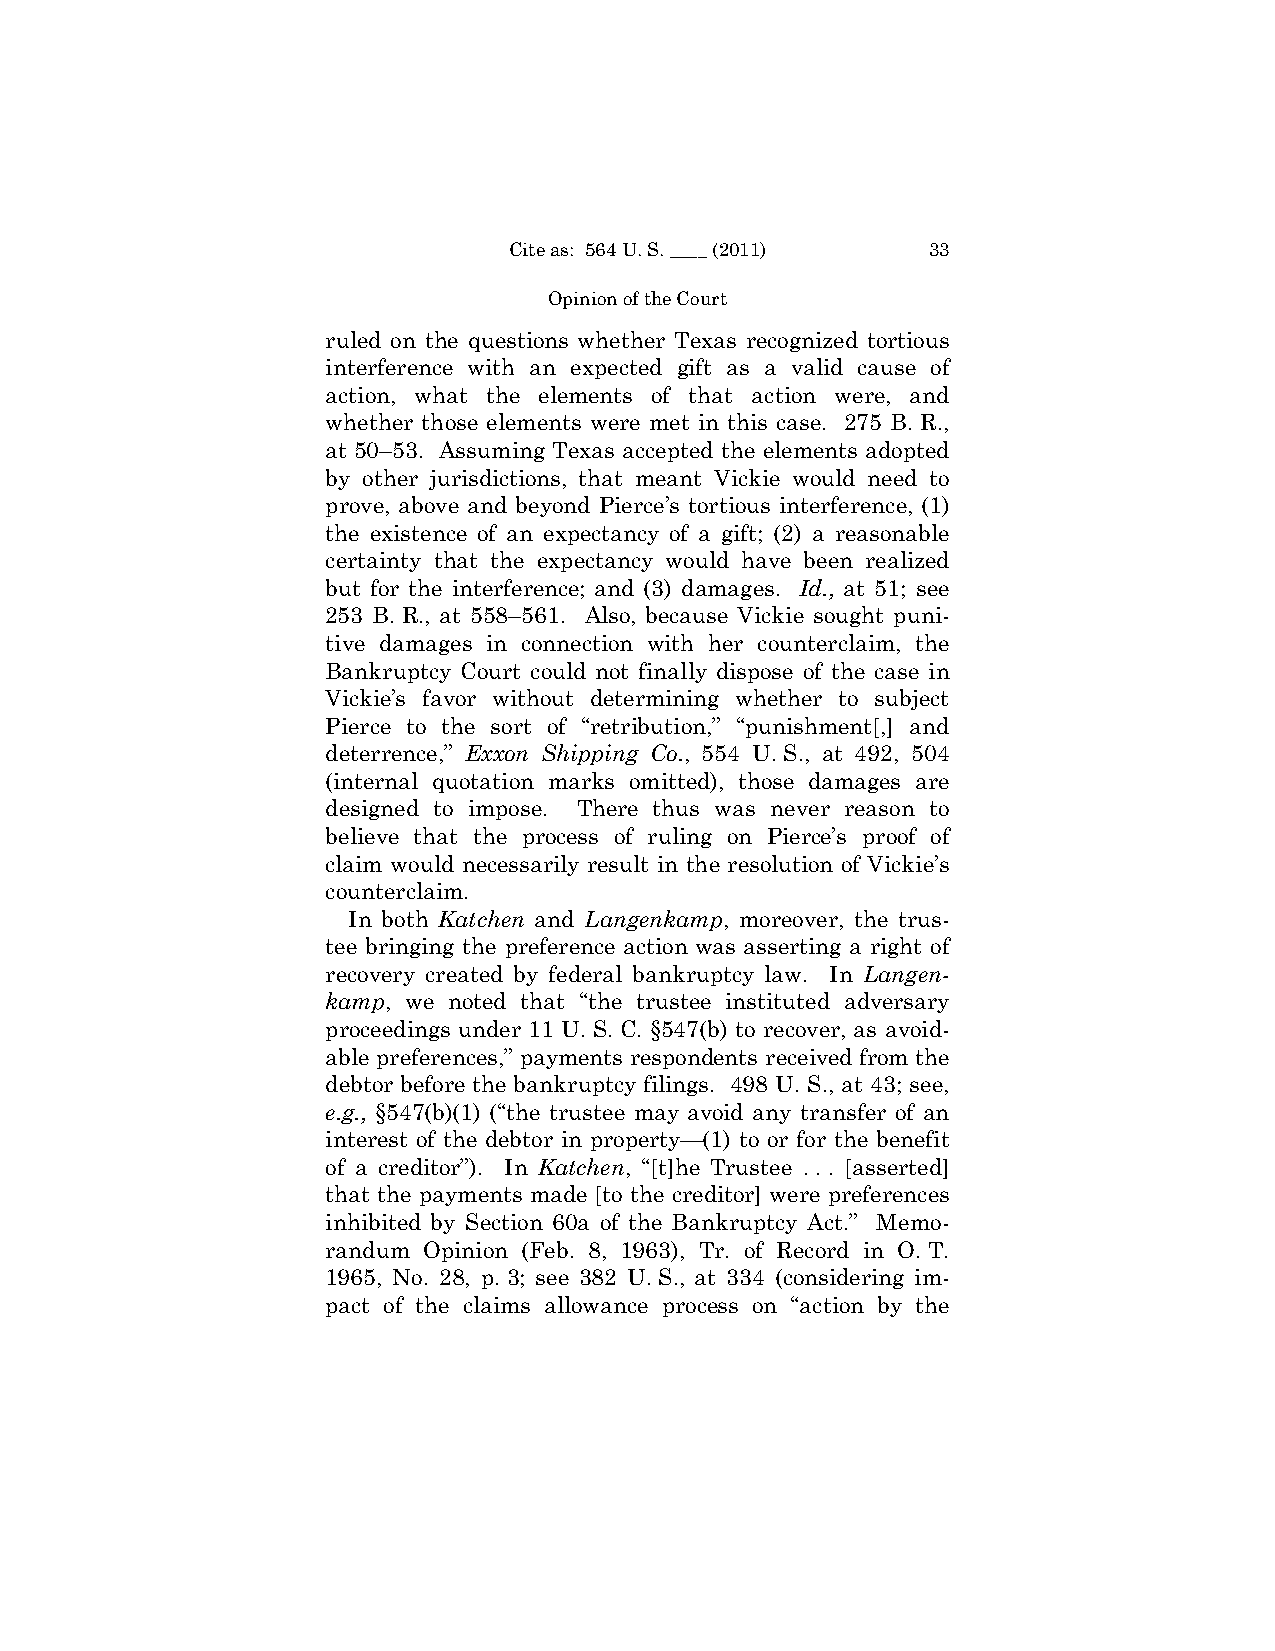
Cite as: 564 U. S. ____ (2011) 33
 Opinion of the Court
 ruled on the questions whether Texas recognized tortious
 interference with an expected gift as a valid cause of
 action, what the elements of that action were, and
 whether those elements were met in this case. 275 B. R.,
 at 50–53. Assuming Texas accepted the elements adopted
 by other jurisdictions, that meant Vickie would need to
 prove, above and beyond Pierce’s tortious interference, (1)
 the existence of an expectancy of a gift; (2) a reasonable
 certainty that the expectancy would have been realized
 but for the interference; and (3) damages. Id., at 51; see
 253 B. R., at 558–561. Also, because Vickie sought puni­
 tive damages in connection with her counterclaim, the
 Bankruptcy Court could not finally dispose of the case in
 Vickie’s favor without determining whether to subject
 Pierce to the sort of “retribution,” “punishment[,] and
 deterrence,” Exxon Shipping Co., 554 U. S., at 492, 504
 (internal quotation marks omitted), those damages are
 designed to impose. There thus was never reason to
 believe that the process of ruling on Pierce’s proof of
 claim would necessarily result in the resolution of Vickie’s
 counterclaim.
 In both Katchen and Langenkamp, moreover, the trus­
 tee bringing the preference action was asserting a right of
 recovery created by federal bankruptcy law. In Langen-
 kamp, we noted that “the trustee instituted adversary
 proceedings under 11 U. S. C. §547(b) to recover, as avoid­
 able preferences,” payments respondents received from the
 debtor before the bankruptcy filings. 498 U. S., at 43; see,
 e.g., §547(b)(1) (“the trustee may avoid any transfer of an
 interest of the debtor in property—(1) to or for the benefit
 of a creditor”). In Katchen, “[t]he Trustee . . . [asserted]
 that the payments made [to the creditor] were preferences
 inhibited by Section 60a of the Bankruptcy Act.” Memo­
 randum Opinion (Feb. 8, 1963), Tr. of Record in O. T.
 1965, No. 28, p. 3; see 382 U. S., at 334 (considering im­
 pact of the claims allowance process on “action by the